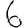
Digit: 6